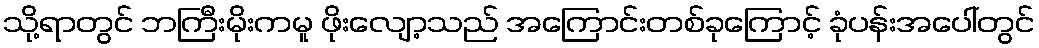
သို့ရာတွင် ဘကြီးမိုးကမူ ဖိုးလျော့သည် အကြောင်းတစ်ခုကြောင့် ခုံပန်းအပေါ်တွင်